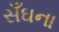
સઁઘના